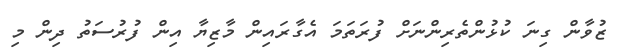
ޒުވާން ގިނަ ކުޅުންތެރިންނަށް ފުރަތަމަ އެގާރައިން މާޒިޔާ އިން ފުރުސަތު ދިން މި